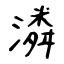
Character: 潾